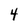
Character: 4